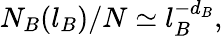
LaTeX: N_{B}(l_{B})/N\simeq l_{B}^{-d_{B}},